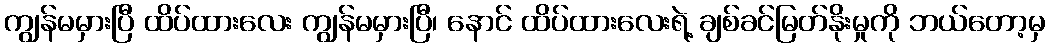
ကျွန်မမှားပြီ ထိပ်ထားလေး ကျွန်မမှားပြီ၊ နောင် ထိပ်ထားလေးရဲ့ ချစ်ခင်မြတ်နိုးမှုကို ဘယ်တော့မှ